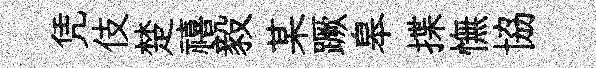
凭伎楚禧毅某蹶皋揲憮協